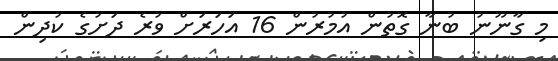
މި ގާނޫނު ބުނާ ގޮތުން އުމުރުން 16 އަހަރަށް ވުރެ ދަށުގެ ކުދިން